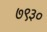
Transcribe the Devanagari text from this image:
७९३०